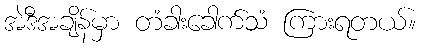
အဲဒီအချိန်မှာ တံခါးခေါက်သံ ကြားရတယ်။